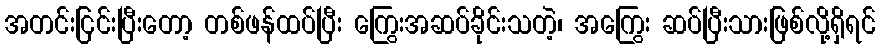
အတင်းငြင်းပြီးတော့ တစ်ဖန်ထပ်ပြီး ကြွေးအဆပ်ခိုင်းသတဲ့၊ အကြွေး ဆပ်ပြီးသားဖြစ်လို့ရှိရင်